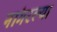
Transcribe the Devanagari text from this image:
नांगरल्या